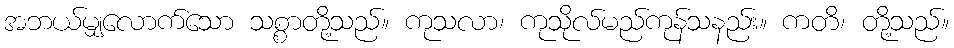
အဘယ်မျှလောက်သော သစ္စာတို့သည်။ ကုသလာ၊ ကုသိုလ်မည်ကုန်သနည်း။ ကတိ၊ တို့သည်။